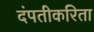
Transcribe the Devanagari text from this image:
दंपतीकरिता